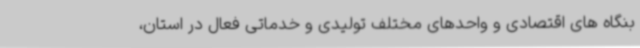
بنگاه های اقتصادی و واحدهای مختلف تولیدی و خدماتی فعال در استان،